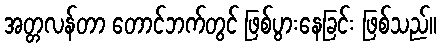
အတ္တလန်တာ တောင်ဘက်တွင် ဖြစ်ပွားနေခြင်း ဖြစ်သည်။